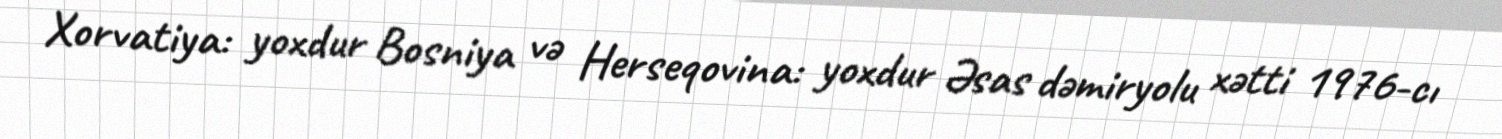
Xorvatiya: yoxdur Bosniya və Herseqovina: yoxdur Əsas dəmiryolu xətti 1976-cı